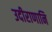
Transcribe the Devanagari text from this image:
उदीराणानि